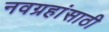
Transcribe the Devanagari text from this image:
नवग्रहांसाठी